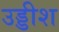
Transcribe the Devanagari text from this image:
उड्डीश